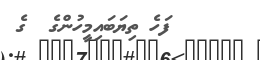
ފަހެ ތިޔަބައިމީހުންގެ  ގެ